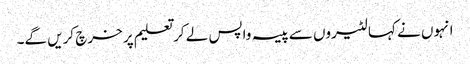
انہوں نے کہا لٹیروں سے پیسہ واپس لے کر تعلیم پر خرچ کریں گے۔